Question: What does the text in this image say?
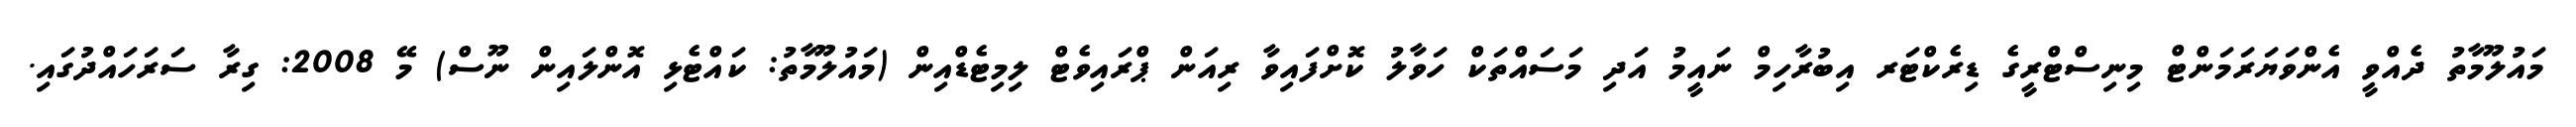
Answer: މައުލޫމާތު ދެއްވީ އެންވަޔަރަމަންޓް މިނިސްޓްރީގެ ޑިރެކްޓަރ އިބުރާހިމް ނައީމު އަދި މަސައްތަކް ހަވާލު ކޮށްފައިވާ ރިއަން ޕްރައިވެޓް ލިމިޓެޑްއިން (މައުލޫމާތު: ކައްޓެޅި އޮންލައިން ނޫސް) މޭ 2008: ގިރާ ސަރަހައްދުގައި.